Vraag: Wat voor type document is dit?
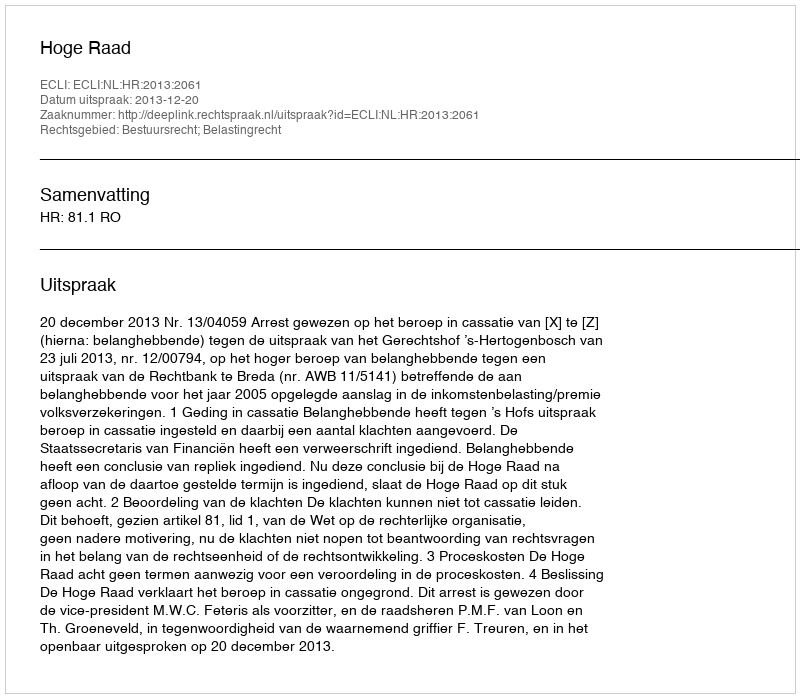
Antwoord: Uitspraak